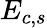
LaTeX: E_{c,s}